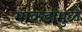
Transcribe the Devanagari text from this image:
माकडांमुळे